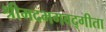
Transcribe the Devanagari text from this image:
श्रीमदभगवद्गीता